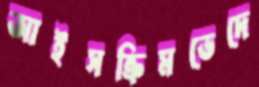
আইসক্রিমভেদে